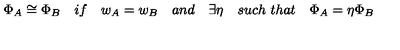
\Phi _ { A } \cong \Phi _ { B } \quad i f \quad w _ { A } = w _ { B } \quad a n d \quad \exists \eta \quad s u c h \ t h a t \quad \Phi _ { A } = \eta \Phi _ { B }